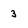
Character: 3